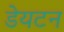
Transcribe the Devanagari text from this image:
डेयटन